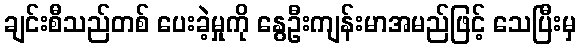
ချင်းစီသည်တစ် ပေးခဲ့မှုကို နွေဦးကျန်းမာအမည်ဖြင့် သေပြီးမှ